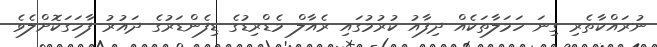
ނުރައްކާތެރި ގިނަ ހަމަލާތަކެއް ދިފާއު ކުރުމުގައި ރެއާލް މެޑްރިޑުގެ ޑިފެންޑަރުގެ ދައުރު ފާހަގަކޮށްލެވެ